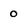
Character: 0